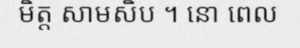
មិត្ត សាមសិប ។ នោ ពេល